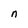
Character: n